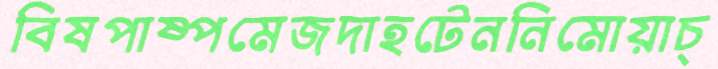
বিষপাষ্পমেজদাহটেননিমোয়াচ্